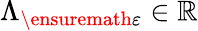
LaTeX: \Lambda_{\ensuremath{\varepsilon}}\in\mathbb{R}